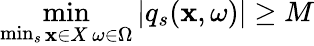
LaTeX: \underset{\operatorname*{min}_{s}{\substack{\mathbf{x}\in X\, \omega\in\Omega}}}{\operatorname*{min}}\left|q_{s}(\mathbf{x},\omega)\right|\geq M